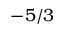
- 5 / 3